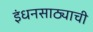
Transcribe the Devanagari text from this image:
इंधनसाठ्याची